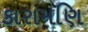
કારામણિ